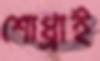
শোধ্‌রাই